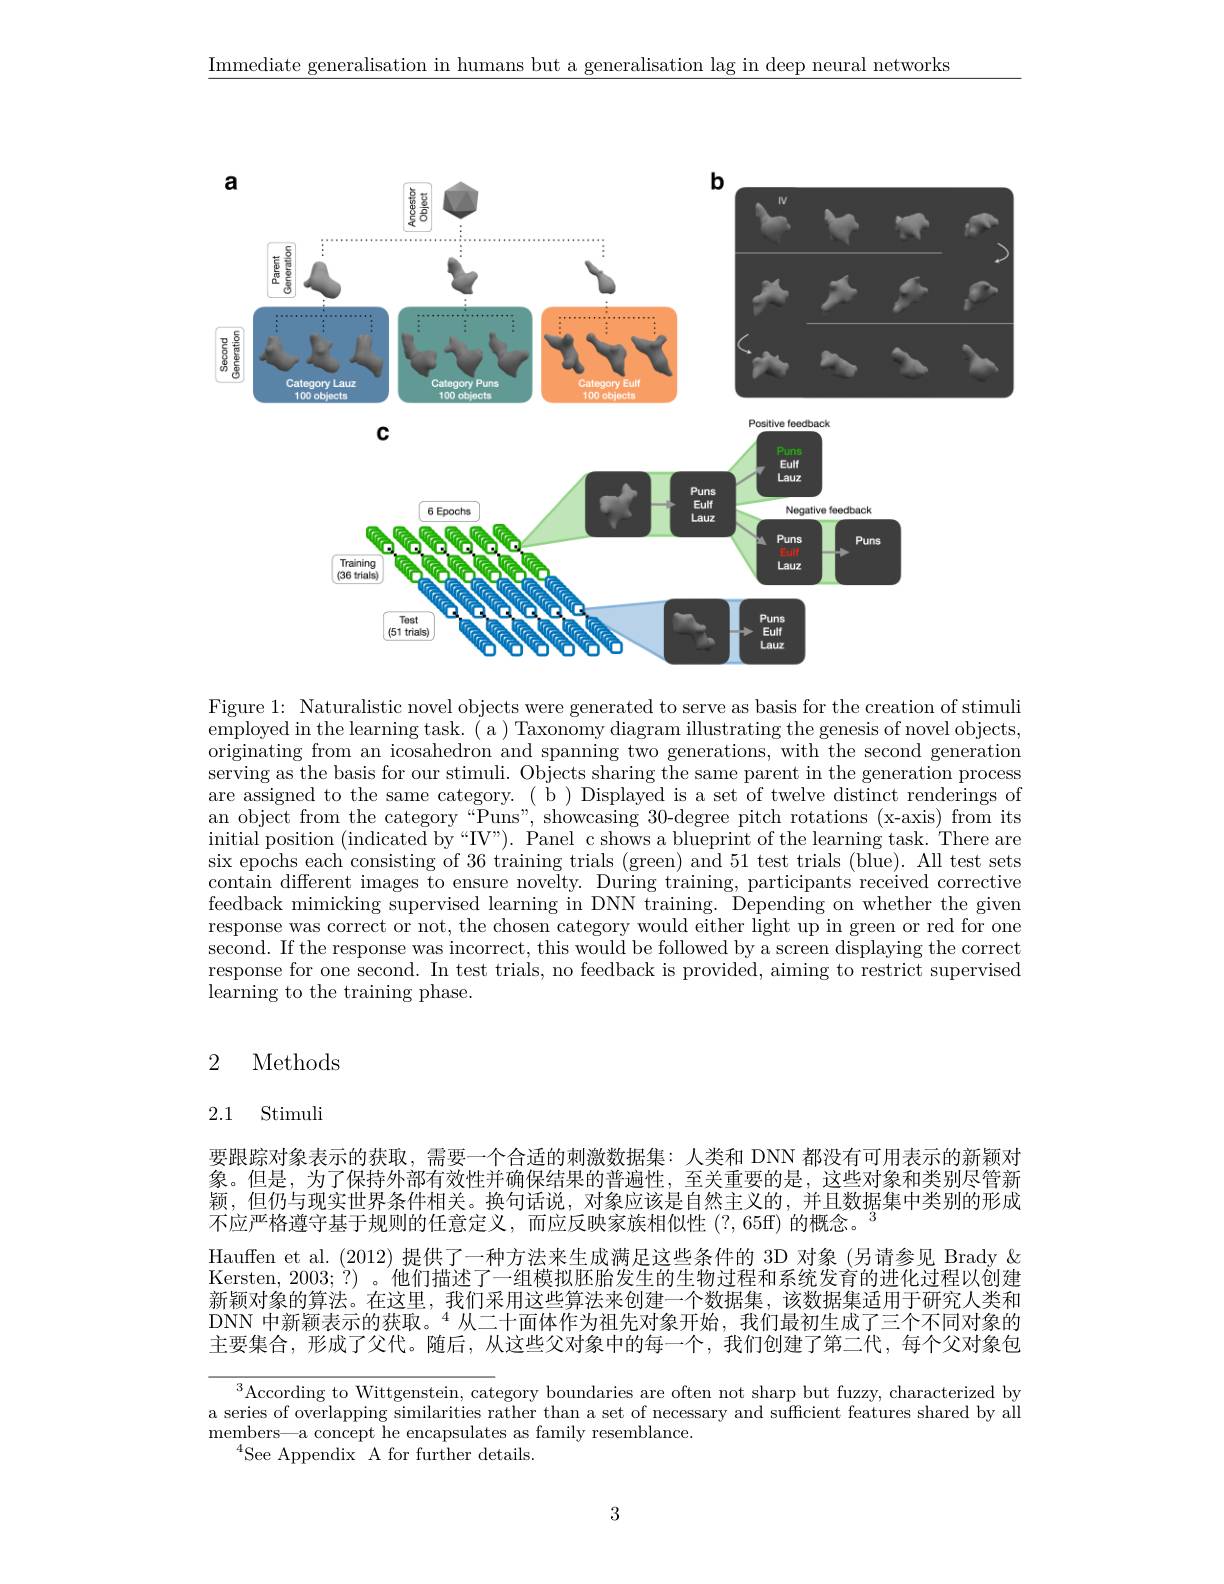
Immediate generalisation in humans but a generalisation lag in deep neural networks

<FigureHere>

Figure 1: Naturalistic novel objects were generated to serve as basis for the creation of stimuli employed in the learning task. ( a ) Taxonomy diagram illustrating the genesis of novel objects, originating from an icosahedron and spanning two generations, with the second generation serving as the basis for our stimuli. Objects sharing the same parent in the generation process are assigned to the same category. ( b ) Displayed is a set of twelve distinct renderings of an object from the category“Puns”, showcasing 30-degree pitch rotations (x-axis) from its initial position (indicated by“IV”). Panel c shows a blueprint of the learning task. There are six epochs each consisting of 36 training trials (green) and 51 test trials (blue). All test sets contain different images to ensure novelty. During training, participants received corrective feedback mimicking supervised learning in DNN training. Depending on whether the given response was correct or not, the chosen category would either light up in green or red for one second. If the response was incorrect, this would be followed by a screen displaying the correct response for one second. In test trials, no feedback is provided, aiming to restrict supervised learning to the training phase.

## 2 Methods

## 2.1 Stimuli

要跟踪对象表示的获取，需要一个合适的刺激数据集：人类和 DNN 都没有可用表示的新颖对象。但是，为了保持外部有效性并确保结果的普遍性，至关重要的是，这些对象和类别尽管新颖，但仍与现实世界条件相关。换句话说，对象应该是自然主义的，并且数据集中类别的形成不应严格遵守基于规则的任意定义，而应反映家族相似性(?,65ff)的概念。$^3$
Hauffen et al.(2012) 提供了一种方法来生成满足这些条件的 3D 对象 (另请参见 Brady & Kersten, 2003; ?) 。他们描述了一组模拟胚胎发生的生物过程和系统发育的进化过程以创建新颖对象的算法。在这里，我们采用这些算法来创建一个数据集，该数据集适用于研究人类和DNN 中新颖表示的获取。$^{4}$从二十面体作为祖先对象开始，我们最初生成了三个不同对象的主要集合，形成了父代。随后，从这些父对象中的每一个，我们创建了第二代，每个父对象包

$^3$According to Wittgenstein, category boundaries are often not sharp but fuzzy, characterized by a series of overlapping similarities rather than a set of necessary and sufficient features shared by all members—a concept he encapsulates as family resemblance.
$^{4}$See Appendix A for further details.

3